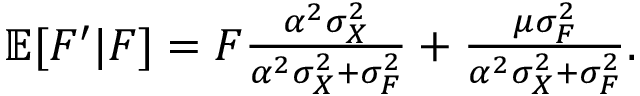
\begin{array} { r } { \mathbb { E } [ F ^ { \prime } | F ] = F \frac { \alpha ^ { 2 } \sigma _ { X } ^ { 2 } } { \alpha ^ { 2 } \sigma _ { X } ^ { 2 } + \sigma _ { F } ^ { 2 } } + \frac { \mu \sigma _ { F } ^ { 2 } } { \alpha ^ { 2 } \sigma _ { X } ^ { 2 } + \sigma _ { F } ^ { 2 } } . } \end{array}